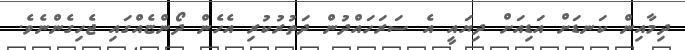
ދިމާއިން ކަނޑަށް އަޑިއަށް ދިޔައީ އެ ސަރަހައްދުން ދަތުރުކުރި އެހެން ދޯންޏެއްގައި ޖެހިގެންނެވެ.